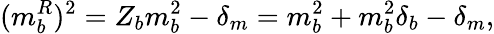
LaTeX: (m_{b}^{R})^{2}=Z_{b}m_{b}^{2}-\delta_{m}=m_{b}^{2}+m_{b}^{2}\delta_{b}-\delta_{m},